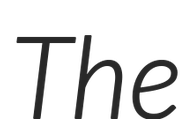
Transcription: The